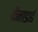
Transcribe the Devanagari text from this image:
कैनाडाई